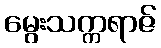
မွေးသက္ကရာဇ်